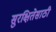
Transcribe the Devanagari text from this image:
सुरक्षितेसाठी